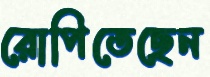
রোপিতেছেন